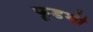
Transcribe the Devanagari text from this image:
फूडभी